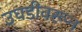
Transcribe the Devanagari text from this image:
उघडीवरून